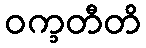
ဝက္ခတီတိ